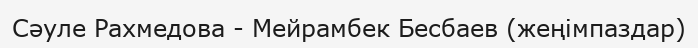
Сәуле Рахмедова - Мейрамбек Бесбаев (жеңімпаздар)